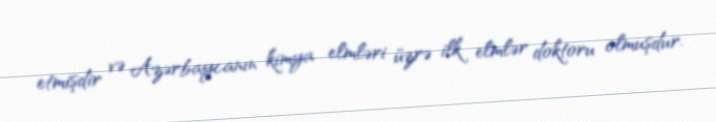
etmişdir və Azərbaycanın kimya elmləri üzrə ilk elmlər doktoru olmuşdur.